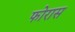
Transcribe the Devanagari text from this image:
फोरास